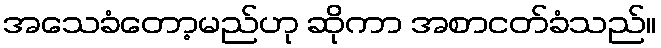
အသေခံတော့မည်ဟု ဆိုကာ အစာငတ်ခံသည်။